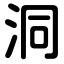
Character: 洞